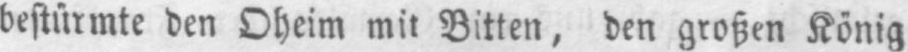
bestürmte den Oheim mit Bitten, den großen König